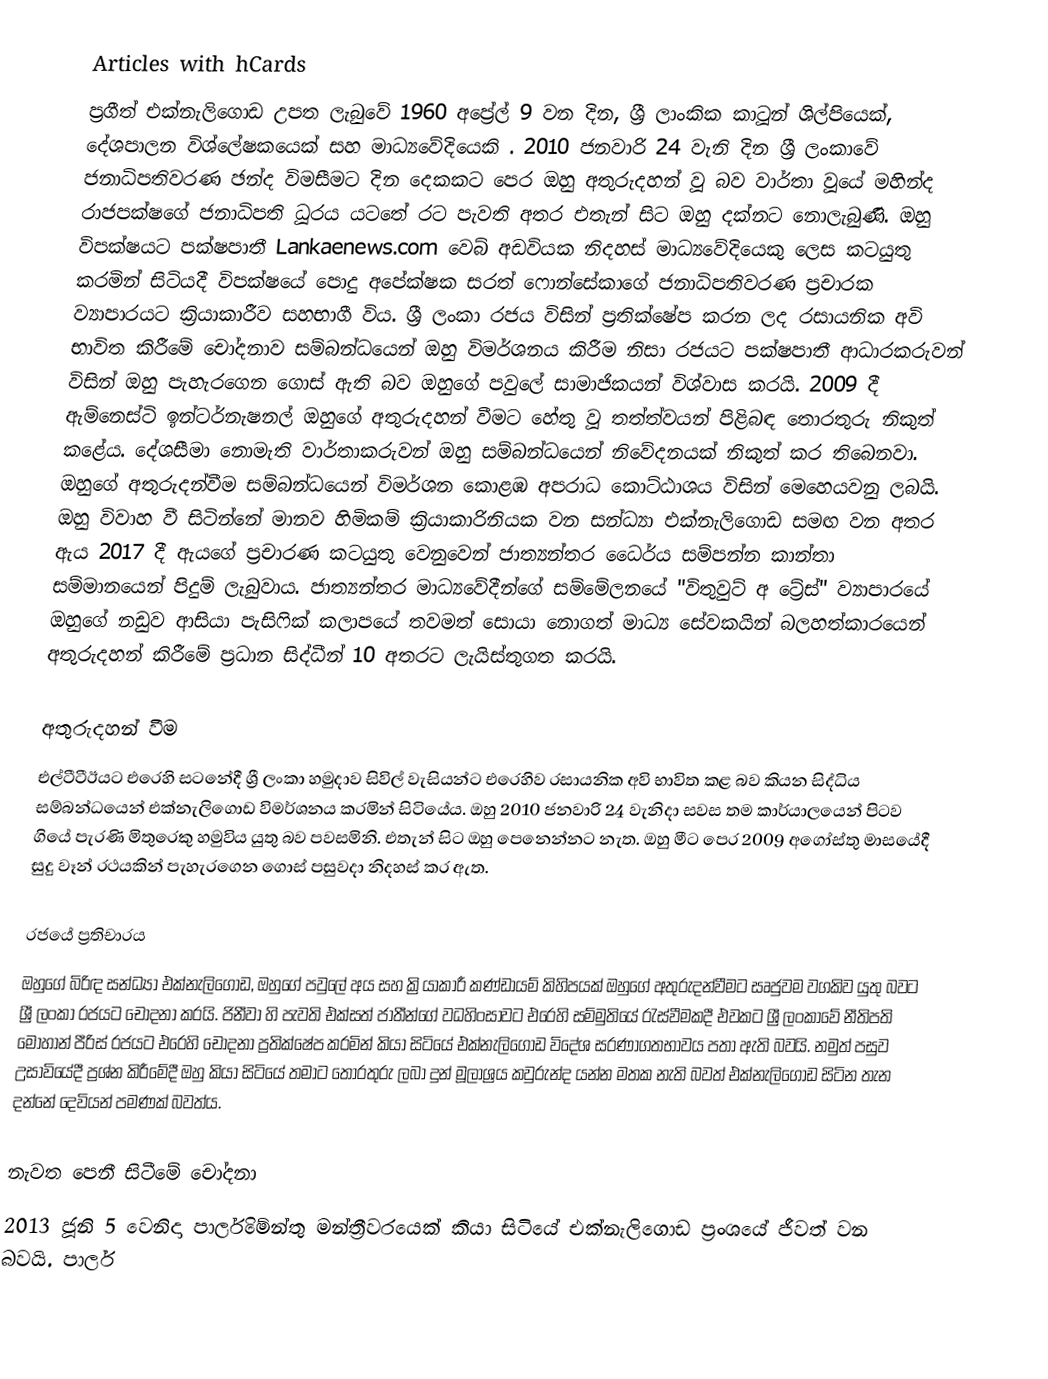
Articles with hCards
ප්‍රගීත් එක්නැලිගොඩ උපත ලැබුවේ 1960 අප්‍රේල් 9 වන දින, ශ්‍රී ලාංකික කාටූන් ශිල්පියෙක්, දේශපාලන විශ්ලේෂකයෙක් සහ මාධ්‍යවේදියෙකි . 2010 ජනවාරි 24 වැනි දින ශ්‍රී ලංකාවේ ජනාධිපතිවරණ ඡන්ද විමසීමට දින දෙකකට පෙර ඔහු අතුරුදහන් වූ බව වාර්තා වූයේ මහින්ද රාජපක්ෂගේ ජනාධිපති ධූරය යටතේ රට පැවති අතර එතැන් සිට ඔහු දක්නට නොලැබුණි. ඔහු විපක්ෂයට පක්ෂපාතී Lankaenews.com වෙබ් අඩවියක නිදහස් මාධ්‍යවේදියෙකු ලෙස කටයුතු කරමින් සිටියදී විපක්ෂයේ පොදු අපේක්ෂක සරත් ෆොන්සේකාගේ ජනාධිපතිවරණ ප්‍රචාරක ව්‍යාපාරයට ක්‍රියාකාරීව සහභාගී විය. ශ්‍රී ලංකා රජය විසින් ප්‍රතික්ෂේප කරන ලද රසායනික අවි භාවිත කිරීමේ චෝදනාව සම්බන්ධයෙන් ඔහු විමර්ශනය කිරීම නිසා රජයට පක්ෂපාතී ආධාරකරුවන් විසින් ඔහු පැහැරගෙන ගොස් ඇති බව ඔහුගේ පවුලේ සාමාජිකයන් විශ්වාස කරයි. 2009 දී ඇම්නෙස්ටි ඉන්ටර්නැෂනල් ඔහුගේ අතුරුදහන් වීමට හේතු වූ තත්ත්වයන් පිළිබඳ තොරතුරු නිකුත් කළේය. දේශසීමා නොමැති වාර්තාකරුවන් ඔහු සම්බන්ධයෙන් නිවේදනයක් නිකුත් කර තිබෙනවා. ඔහුගේ අතුරුදන්වීම සම්බන්ධයෙන් විමර්ශන කොළඹ අපරාධ කොට්ඨාශය විසින් මෙහෙයවනු ලබයි. ඔහු විවාහ වී සිටින්නේ මානව හිමිකම් ක්‍රියාකාරිනියක වන සන්ධ්‍යා එක්නැලිගොඩ සමඟ වන අතර ඇය 2017 දී ඇයගේ ප්‍රචාරණ කටයුතු වෙනුවෙන් ජාත්‍යන්තර ධෛර්ය සම්පන්න කාන්තා සම්මානයෙන් පිදුම් ලැබුවාය. ජාත්‍යන්තර මාධ්‍යවේදීන්ගේ සම්මේලනයේ "විතුවුට් අ ට්‍රේස්" ව්‍යාපාරයේ ඔහුගේ නඩුව ආසියා පැසිෆික් කලාපයේ තවමත් සොයා නොගත් මාධ්‍ය සේවකයින් බලහත්කාරයෙන් අතුරුදහන් කිරීමේ ප්‍රධාන සිද්ධීන් 10 අතරට ලැයිස්තුගත කරයි.

අතුරුදහන් වීම
එල්ටීටීඊයට එරෙහි සටනේදී ශ්‍රී ලංකා හමුදාව සිවිල් වැසියන්ට එරෙහිව රසායනික අවි භාවිත කළ බව කියන සිද්ධිය සම්බන්ධයෙන් එක්නැලිගොඩ විමර්ශනය කරමින් සිටියේය. ඔහු 2010 ජනවාරි 24 වැනිදා සවස තම කාර්යාලයෙන් පිටව ගියේ පැරණි මිතුරෙකු හමුවිය යුතු බව පවසමිනි. එතැන් සිට ඔහු පෙනෙන්නට නැත. ඔහු මීට පෙර 2009 අගෝස්තු මාසයේදී සුදු වෑන් රථයකින් පැහැරගෙන ගොස් පසුවදා නිදහස් කර ඇත.

රජයේ ප්‍රතිචාරය
ඔහුගේ බිරිඳ සන්ධ්‍යා එක්නැලිගොඩ, ඔහුගේ පවුලේ අය සහ ක්‍රියාකාරී කණ්ඩායම් කිහිපයක් ඔහුගේ අතුරුදන්වීමට සෘජුවම වගකිව යුතු බවට ශ්‍රී ලංකා රජයට චෝදනා කරයි. ජිනීවා හි පැවති එක්සත් ජාතීන්ගේ වධහිංසාවට එරෙහි සම්මුතියේ රැස්වීමකදී එවකට ශ්‍රී ලංකාවේ නීතිපති මොහාන් පීරිස් රජයට එරෙහි චෝදනා ප්‍රතික්ෂේප කරමින් කියා සිටියේ එක්නැලිගොඩ විදේශ සරණාගතභාවය පතා ඇති බවයි. නමුත් පසුව උසාවියේදී ප්‍රශ්න කිරීමේදී ඔහු කියා සිටියේ තමාට තොරතුරු ලබා දුන් මූලාශ්‍රය කවුරුන්ද යන්න මතක නැති බවත් එක්නැලිගොඩ සිටින තැන දන්නේ දෙවියන් පමණක් බවත්ය.

නැවත පෙනී සිටීමේ චෝදනා
2013 ජූනි 5 වෙනිදා පාර්ලිමේන්තු මන්ත්‍රීවරයෙක් කියා සිටියේ එක්නැලිගොඩ ප්‍රංශයේ ජීවත් වන බවයි. පාර්ල